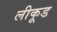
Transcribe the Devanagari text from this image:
लीकूड